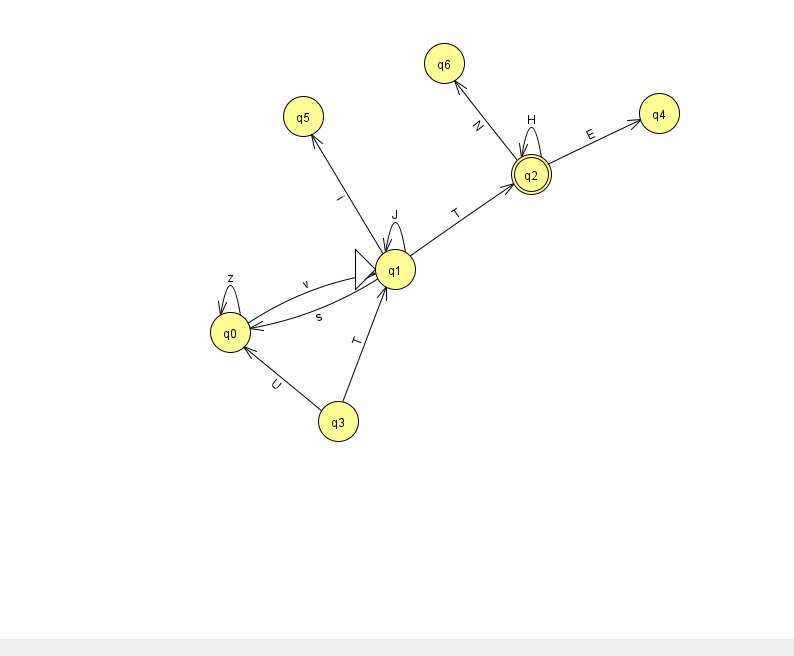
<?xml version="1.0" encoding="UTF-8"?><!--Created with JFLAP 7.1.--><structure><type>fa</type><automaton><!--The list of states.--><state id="0" name="q0"><x>230.0</x><y>319.0</y></state><state id="1" name="q1"><x>395.0</x><y>256.0</y><initial/></state><state id="2" name="q2"><x>531.0</x><y>161.0</y><final/></state><state id="3" name="q3"><x>338.0</x><y>408.0</y></state><state id="4" name="q4"><x>659.0</x><y>100.0</y></state><state id="5" name="q5"><x>303.0</x><y>103.0</y></state><state id="6" name="q6"><x>444.0</x><y>50.0</y></state><!--The list of transitions.--><transition><from>1</from><to>5</to><read>i</read></transition><transition><from>1</from><to>2</to><read>T</read></transition><transition><from>3</from><to>1</to><read>T</read></transition><transition><from>2</from><to>2</to><read>H</read></transition><transition><from>0</from><to>1</to><read>v</read></transition><transition><from>0</from><to>0</to><read>z</read></transition><transition><from>1</from><to>1</to><read>J</read></transition><transition><from>3</from><to>0</to><read>U</read></transition><transition><from>2</from><to>6</to><read>N</read></transition><transition><from>1</from><to>0</to><read>s</read></transition><transition><from>2</from><to>4</to><read>E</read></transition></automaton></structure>